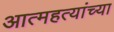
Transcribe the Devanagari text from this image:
आत्महत्यांच्या